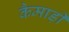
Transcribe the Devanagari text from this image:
कैमाड़ी